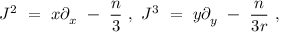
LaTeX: J ^ { 2 } \ = \ x \partial _ { x } \ - \ { \frac { n } { 3 } } \ , \ J ^ { 3 } \ = \ y \partial _ { y } \ - \ { \frac { n } { 3 r } } \ ,